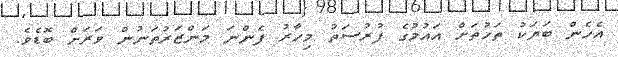
އެހެން ބަޔަކު ތަހުތަށް އައުމުގެ ފުރުސަތު މިހާރު ފެންނަ މަންޒަރުތަނުން ވަރަށް ބޮޑެވެ.